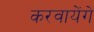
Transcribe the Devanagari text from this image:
करवायेंगे